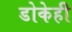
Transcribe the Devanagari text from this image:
डोकेही